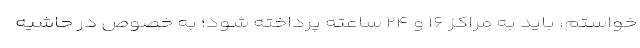
خواستم، باید به مراکز ۱۶ و ۲۴ ساعته پرداخته شود؛ به خصوص در حاشیه